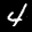
Label: 4